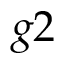
g 2